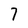
Character: 7